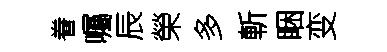
眷囑辰榮多斬睏变